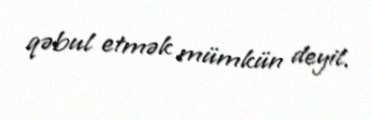
qəbul etmək mümkün deyil.